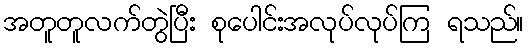
အတူတူလက်တွဲပြီး စုပေါင်းအလုပ်လုပ်ကြ ရသည်။